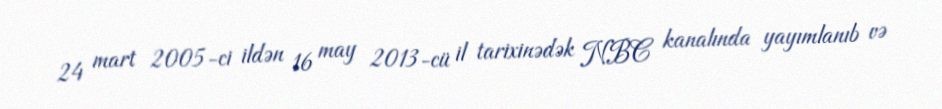
24 mart 2005-ci ildən 16 may 2013-cü il tarixinədək NBC kanalında yayımlanıb və